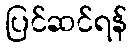
ပြင်ဆင်ရန်